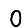
Digit: 0